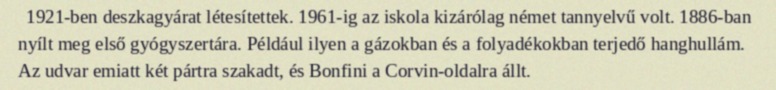
1921-ben deszkagyárat létesítettek. 1961-ig az iskola kizárólag német tannyelvű volt. 1886-ban nyílt meg első gyógyszertára. Például ilyen a gázokban és a folyadékokban terjedő hanghullám. Az udvar emiatt két pártra szakadt, és Bonfini a Corvin-oldalra állt.